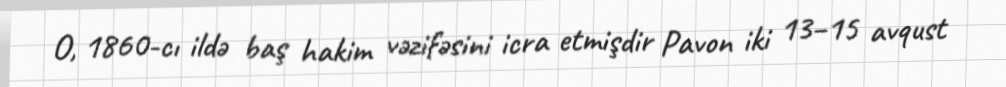
O, 1860-cı ildə baş hakim vəzifəsini icra etmişdir Pavon iki 13–15 avqust